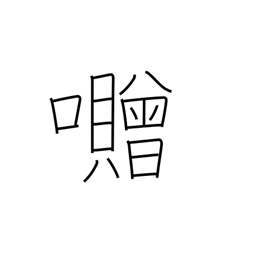
Meaning: used in place names